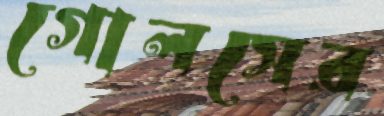
গোলসের